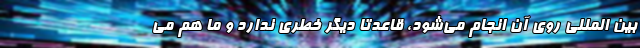
بین المللی روی آن انجام می‌شود، قاعدتا دیگر خطری ندارد و ما هم می